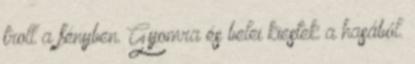
troll a fényben. Gyomra és belei kiestek a hasából.